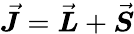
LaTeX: \vec{\boldsymbol{J}}=\vec{\boldsymbol{L}}+\vec{\boldsymbol{S}}